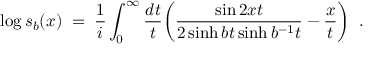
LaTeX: \log s _ { b } ( x ) \; = \; \frac { 1 } { i } \int _ { 0 } ^ { \infty } \frac { d t } { t } \biggl ( \frac { \sin 2 x t } { 2 \sinh b t \sinh b ^ { - 1 } t } - \frac { x } { t } \biggl ) \; \; .